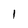
Character: 1